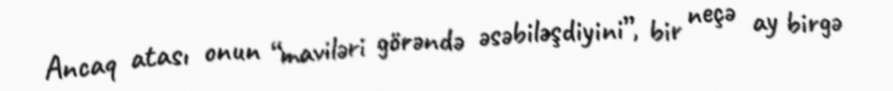
Ancaq atası onun “maviləri görəndə əsəbiləşdiyini”, bir neçə ay birgə